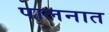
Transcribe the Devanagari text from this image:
पालनात